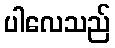
ပါလေသည်